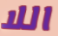
اللا